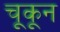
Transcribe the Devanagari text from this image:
चूकून